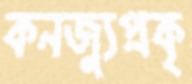
কনজ্যুপ্রকৃ